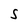
Character: S